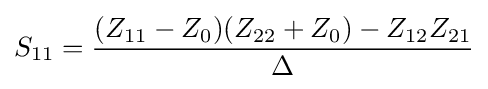
S_{11}={(Z_{11}-Z_{0})(Z_{22}+Z_{0})-Z_{12}Z_{21} \over \Delta }